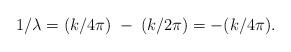
LaTeX: \begin{align*}1/\lambda=(k/4\pi)\;-\;(k/2\pi)=-(k/4\pi).\end{align*}